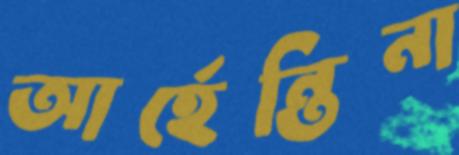
আর্হেন্তিনা